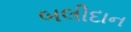
બલીદાન